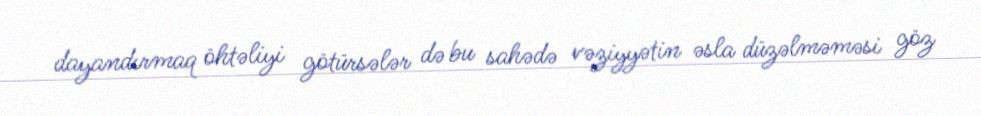
dayandırmaq öhtəliyi götürsələr də bu sahədə vəziyyətin əsla düzəlməməsi göz